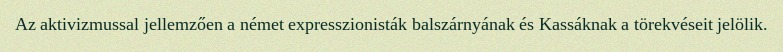
Az aktivizmussal jellemzően a német expresszionisták balszárnyának és Kassáknak a törekvéseit jelölik.